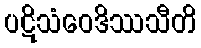
ပဋိသံဝေဒိဿသီတိ